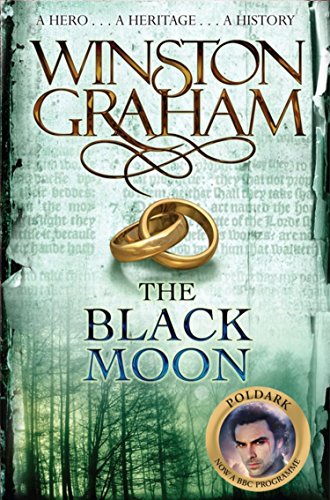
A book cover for The Black Moon (Poldark); Winston Graham; Literature & Fiction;